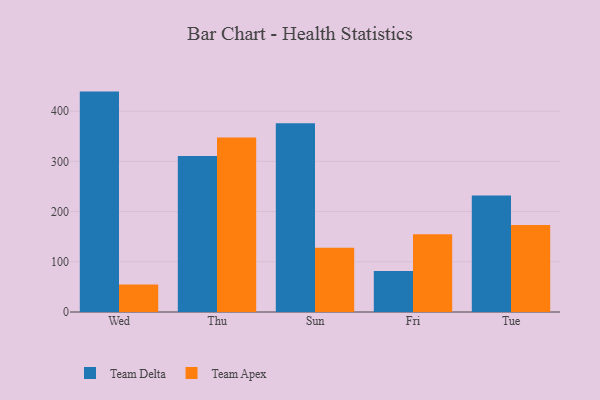
{"axis": {"x": "Day", "y": "Humidity (%)"}, "legend": ["Team Apex", "Team Delta"], "data": [{"x": "Wed", "y": 438.9, "type": "Team Delta"}, {"x": "Wed", "y": 54.7, "type": "Team Apex"}, {"x": "Thu", "y": 310.9, "type": "Team Delta"}, {"x": "Thu", "y": 347.7, "type": "Team Apex"}, {"x": "Sun", "y": 375.8, "type": "Team Delta"}, {"x": "Sun", "y": 127.8, "type": "Team Apex"}, {"x": "Fri", "y": 81.8, "type": "Team Delta"}, {"x": "Fri", "y": 154.8, "type": "Team Apex"}, {"x": "Tue", "y": 232.0, "type": "Team Delta"}, {"x": "Tue", "y": 173.2, "type": "Team Apex"}]}